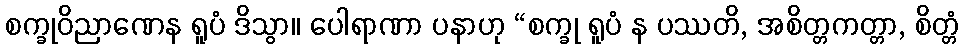
စက္ခုဝိညာဏေန ရူပံ ဒိသွာ။ ပေါရာဏာ ပနာဟု “စက္ခု ရူပံ န ပဿတိ, အစိတ္တကတ္တာ, စိတ္တံ